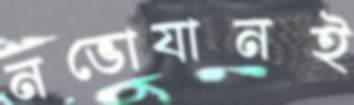
নভোযানই